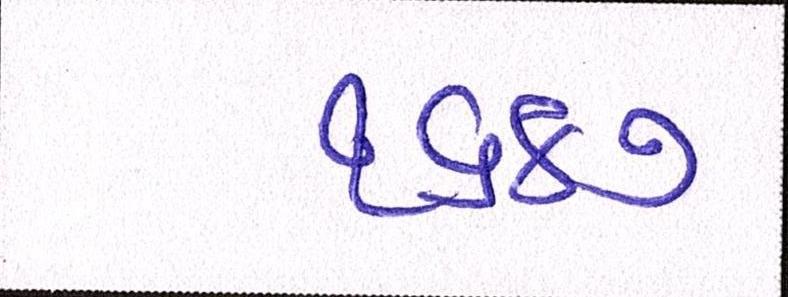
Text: ૧૬૪૭